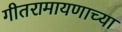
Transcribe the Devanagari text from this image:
गीतरामायणाच्या